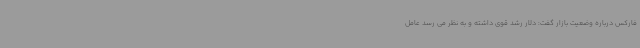
فارکس درباره وضعیت بازار گفت: دلار رشد قوی داشته و به نظر می رسد عامل